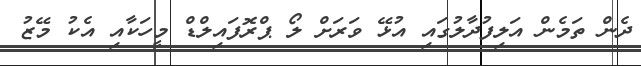
ދެން ތަމެން އަލިފުދާލުގައި އުޅޭ ވަރަށް ލޯ ޕްރޮފައިލްޑް މީހަކާއި އެކު މޭޒު